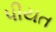
પીયત